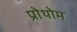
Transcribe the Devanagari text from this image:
प्रोथोम